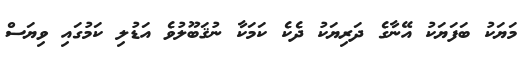
މަޔަކު ބަފަޔަކު އޭނާގެ ދަރިޔަކު ދެކެ ކަމަކާ ނުޤަބޫލުވެ އަޑުލި ކަމުގައި ވިޔަސް